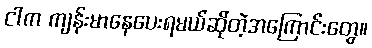
ငါက ကျန်းမာနေပေးရမယ်ဆိုတဲ့အကြောင်းတွေ။